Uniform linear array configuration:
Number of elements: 12
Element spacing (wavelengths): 0.5
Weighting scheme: binomial
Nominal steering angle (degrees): -45
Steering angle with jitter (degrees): -44.841
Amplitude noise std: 0.05
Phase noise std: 0.05

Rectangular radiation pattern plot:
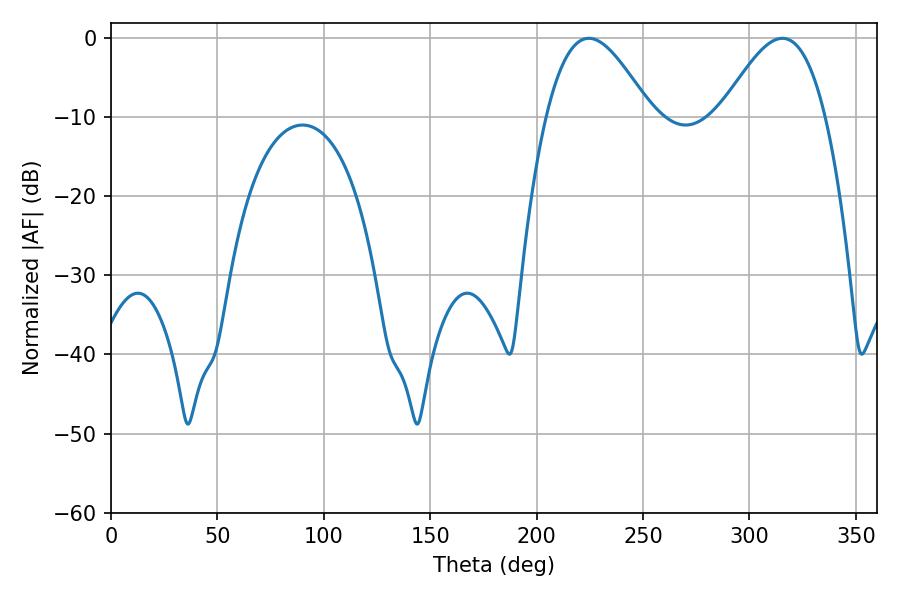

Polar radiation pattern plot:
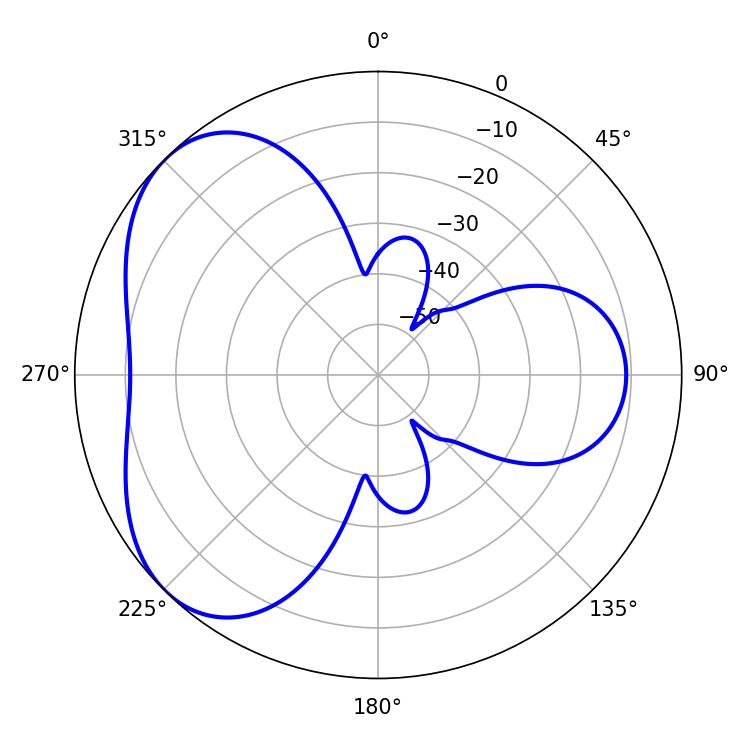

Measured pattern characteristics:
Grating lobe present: FALSE
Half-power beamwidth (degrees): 26.28
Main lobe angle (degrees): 224.46